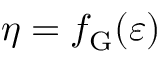
\eta = f _ { \mathrm { G } } ( \varepsilon )